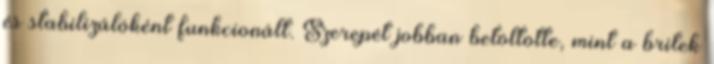
és stabilizálóként funkcionált. Szerepét jobban betöltötte, mint a britek